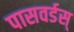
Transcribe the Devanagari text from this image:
पासवर्डस्